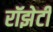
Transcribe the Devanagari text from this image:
रॉझेटी